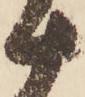
十